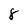
Character: 8